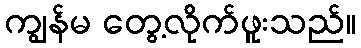
ကျွန်မ တွေ့လိုက်ဖူးသည်။